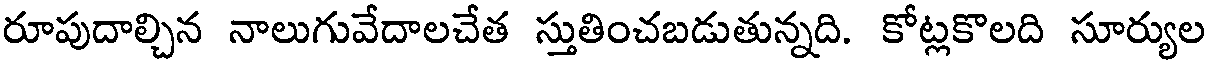
రూపుదాల్చిన నాలుగువేదాలచేత స్తుతించబడుతున్నది. కోట్లకొలది సూర్యుల